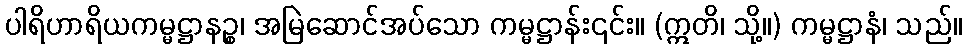
ပါရိဟာရိယကမ္မဋ္ဌာနဉ္စ၊ အမြဲဆောင်အပ်သော ကမ္မဋ္ဌာန်း၎င်း။ (ဣတိ၊ သို့။) ကမ္မဋ္ဌာနံ၊ သည်။